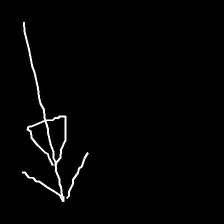
Glyph: pull